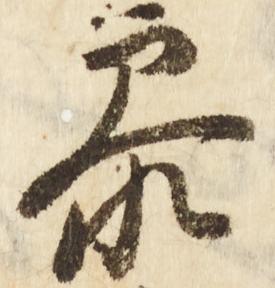
参